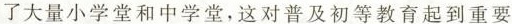
了大量小学堂和中学堂，这对普及初等教育起到重要